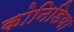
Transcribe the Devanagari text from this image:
कोनिडिया